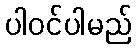
ပါဝင်ပါမည်